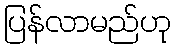
ပြန်လာမည်ဟု